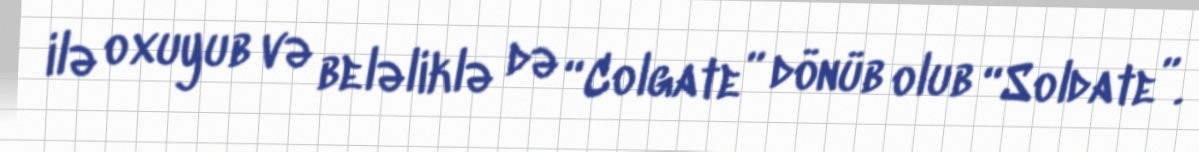
ilə oxuyub və beləliklə də “Colgate” dönüb olub “Soldate”.